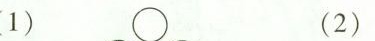
1) (2)。